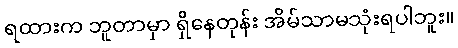
ရထားက ဘူတာမှာ ရှိနေတုန်း အိမ်သာမသုံးရပါဘူး။